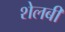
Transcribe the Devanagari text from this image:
शेलबी